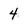
Character: 4